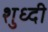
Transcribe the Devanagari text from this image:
शुध्दी